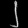
Digit: ၂